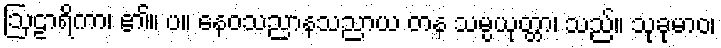
ဩဠာရိကာ၊ ၏။ ပ။ နေဝသညာနသညာယ တန သမ္ပယုတ္တာ၊ သည်။ သုခုမာဝ၊